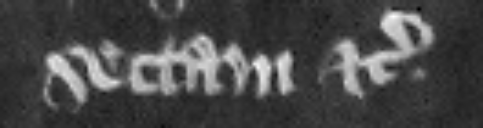
sectam etc.